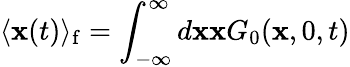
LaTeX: \langle\mathbf{x}(t)\rangle_{\mathrm{{f}}}=\int_{-\infty}^{\infty}d\mathbf{x}\mathbf{x}G_{0}(\mathbf{x},0,t)